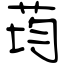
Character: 荺